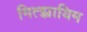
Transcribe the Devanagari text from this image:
मित्झ्रायिम